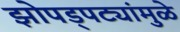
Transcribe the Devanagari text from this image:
झोपड्पट्यांमुळे